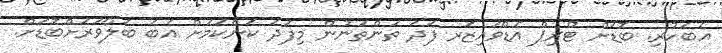
އެބަހުރި. ބޮޑަށް ޓްރިޕް އެޑްވައިޒަރ ފަދަ ތަންތަނުން މިފަދަ ކަންކަމަށް އެބަ ބަލާވަރަށްބޮޑަށް.